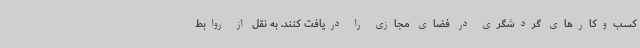
کسب‌وکارهای گردشگری در فضای مجازی را دریافت کنند. به نقل از روابط